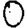
Digit: 0